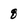
Character: 8